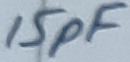
Text: 15pF